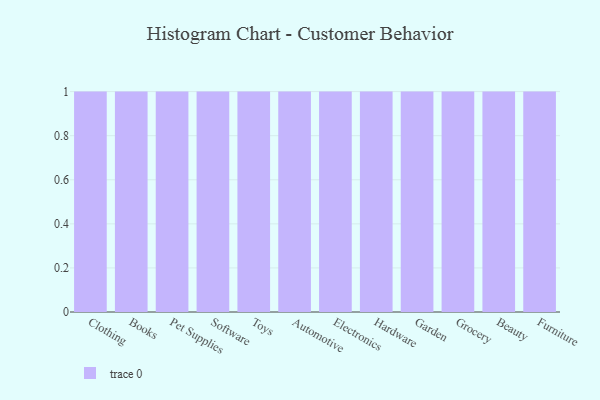
{"axis": {"x": "Category", "y": "Conversion Rate (%)"}, "legend": [""], "data": [{"x": "Clothing", "y": 45, "type": ""}, {"x": "Books", "y": 86, "type": ""}, {"x": "Pet Supplies", "y": 84, "type": ""}, {"x": "Software", "y": 16, "type": ""}, {"x": "Toys", "y": 52, "type": ""}, {"x": "Automotive", "y": 7, "type": ""}, {"x": "Electronics", "y": 39, "type": ""}, {"x": "Hardware", "y": 67, "type": ""}, {"x": "Garden", "y": 55, "type": ""}, {"x": "Grocery", "y": 6, "type": ""}, {"x": "Beauty", "y": 5, "type": ""}, {"x": "Furniture", "y": 14, "type": ""}]}